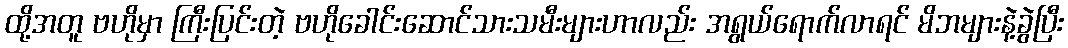
ထို့အတူ ဗဟိုမှာ ကြီးပြင်းတဲ့ ဗဟိုခေါင်းဆောင်သားသမီးများဟာလည်း အရွယ်ရောက်လာရင် မိဘများနဲ့ခွဲပြီး